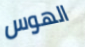
الهوس